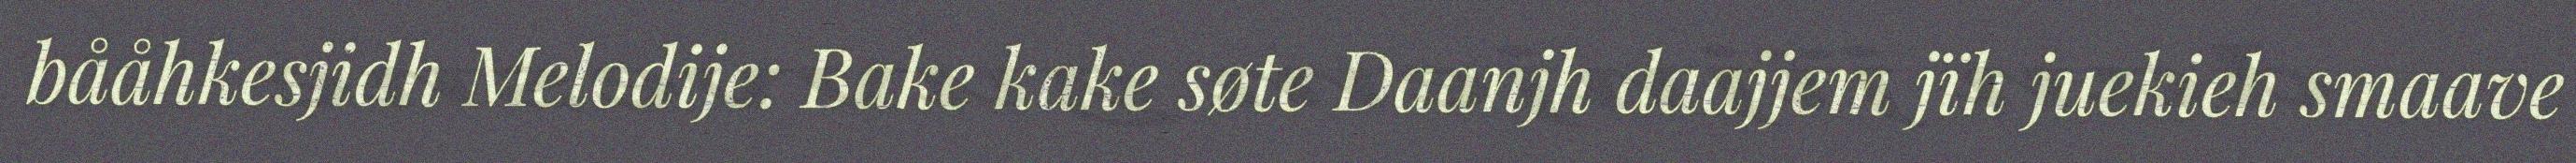
bååhkesjidh Melodije: Bake kake søte Daanjh daajjem jïh juekieh smaave